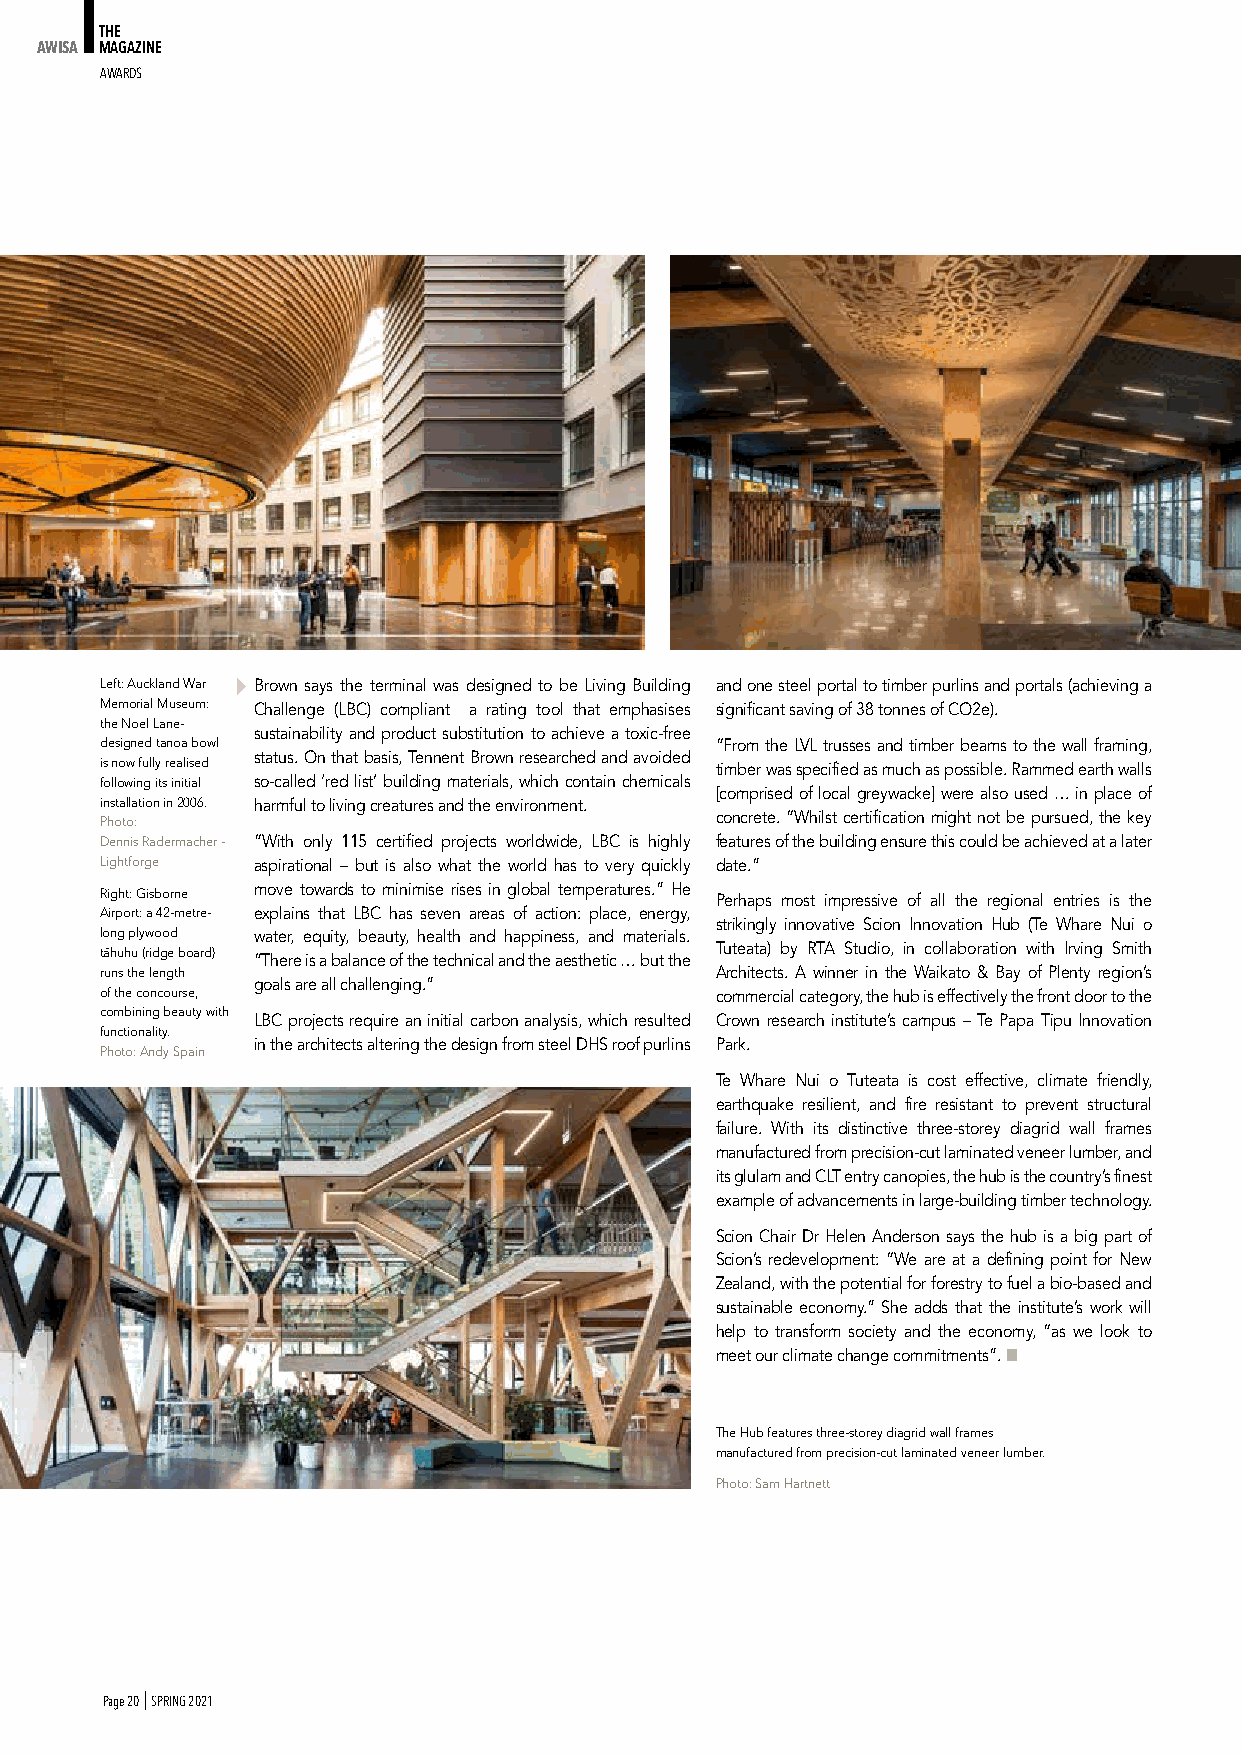
THE
 AWISA MAGAZINE
 AWARdS
 Left: Auckland War Brown says the terminal was designed to be Living Building and one steel portal to timber purlins and portals (achieving a
 Memorial Museum: Challenge (LBC) compliant a rating tool that emphasises significant saving of 38 tonnes of CO2e).
 the Noel Lane-
 sustainability and product substitution to achieve a toxic-free
 designed tanoa bowl                     “From the LVL trusses and timber beams to the wall framing,
 status. On that basis, Tennent Brown researched and avoided
 is now fully realised                   timber was specified as much as possible. Rammed earth walls
 following its initial so-called ‘red list’ building materials, which contain chemicals
 [comprised of local greywacke] were also used … in place of
 installation in 2006. harmful to living creatures and the environment.
 Photo:                                  concrete. “Whilst certification might not be pursued, the key
 Dennis Radermacher - “With only 115 certified projects worldwide, LBC is highly features of the building ensure this could be achieved at a later
 Lightforge aspirational – but is also what the world has to very quickly date.”
 Right: Gisborne move towards to minimise rises in global temperatures.” He
 Perhaps most impressive of all the regional entries is the
 Airport: a 42-metre- explains that LBC has seven areas of action: place, energy,
 strikingly innovative Scion Innovation Hub (Te Whare Nui o
 long plywood water, equity, beauty, health and happiness, and materials.
 taˉhuhu (ridge board)                   Tuteata) by RTA Studio, in collaboration with Irving Smith
 “There is a balance of the technical and the aesthetic … but the
 runs the length                         Architects. A winner in the Waikato & Bay of Plenty region’s
 goals are all challenging.”
 of the concourse,                       commercial category, the hub is effectively the front door to the
 combining beauty with
 LBC projects require an initial carbon analysis, which resulted Crown research institute’s campus – Te Papa Tipu Innovation
 functionality.
 in the architects altering the design from steel DHS roof purlins Park.
 Photo: Andy Spain
 Te Whare Nui o Tuteata is cost effective, climate friendly,
 earthquake resilient, and fire resistant to prevent structural
 failure. With its distinctive three-storey diagrid wall frames
 manufactured from precision-cut laminated veneer lumber, and
 its glulam and CLT entry canopies, the hub is the country’s finest
 example of advancements in large-building timber technology.
 Scion Chair Dr Helen Anderson says the hub is a big part of
 Scion’s redevelopment: “We are at a defining point for New
 Zealand, with the potential for forestry to fuel a bio-based and
 sustainable economy.” She adds that the institute’s work will
 help to transform society and the economy, “as we look to
 meet our climate change commitments”. ■
 The Hub features three-storey diagrid wall frames
 manufactured from precision-cut laminated veneer lumber.
 Photo: Sam Hartnett
 Page 20 I SPRING 2021